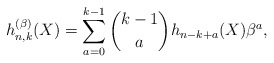
\begin{gather*}h_{n,k}^{(\beta)}(X) = \sum_{a=0}^{k-1} {k-1 \choose a} h_{n-k+a}(X)\beta^{a},\end{gather*}